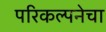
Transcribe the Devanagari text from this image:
परिकल्पनेचा